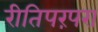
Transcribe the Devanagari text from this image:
रीतिपरंपरा